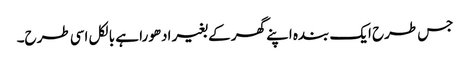
جس طرح ایک بندہ اپنے گھر کے بغیر ادھورا ہے بالکل اسی طرح۔